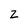
Character: z